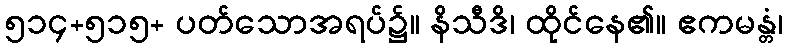
၅၁၄+၅၁၅+ ပတ်သောအရပ်၌။ နိသီဒိ၊ ထိုင်နေ၏။ ဧကမန္တံ၊